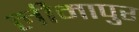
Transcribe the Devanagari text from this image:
लीमापुर